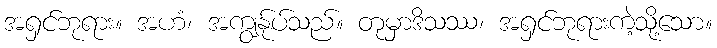
အရှင်ဘုရား။ အဟံ၊ အကျွန်ုပ်သည်။ တုမှာဒိသဿ၊ အရှင်ဘုရားကဲ့သို့သော။